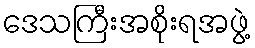
ဒေသကြီးအစိုးရအဖွဲ့